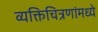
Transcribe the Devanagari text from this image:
व्यक्तिचित्रणांमध्ये